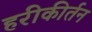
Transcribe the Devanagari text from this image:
हरीकीर्तन